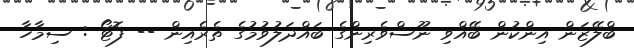
ބްލޭޒަން އިންކުން ބޭއްވި ނޫސްވެރިންގެ ބައްދަލުވުމުގެ ތެރެއިން -- ފޮޓޯ : ސިމާހާ